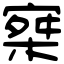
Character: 𡩣